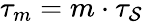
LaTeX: \tau_{m}=m\cdot\tau_{\mathcal{S}}